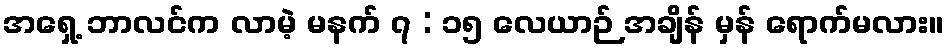
အရှေ့ ဘာလင်က လာမဲ့ မနက် ၇ : ၁၅ လေယာဉ် အချိန် မှန် ရောက်မလား။